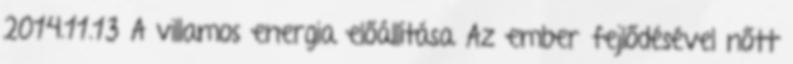
2014.11.13 A villamos energia előállítása Az ember fejlődésével nőtt